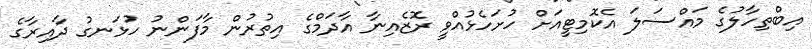
އިބްތިހާލުގެ މައްސަލަ އެކޮމިޓީއަށް ހުށަހެޅުއްވީ ރޮޒެއިނާ އާދަމްގެ އިތުރުން މާފަންނު ހުޅަނގު ދާއިރާގެ